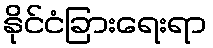
နိုင်ငံခြားရေးရာ